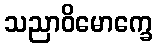
သညာဝိမောက္ခေ